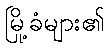
မြို့ခံများ၏